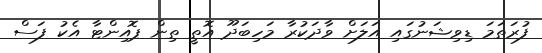
ފުރަތަމަ ޑިވިޝަނުގައި އަލަށް ވާދަކުރާ މަހިބަދޫ އޮތީ ތިން ޕޮއިންޓާ އެކު ފަސް